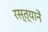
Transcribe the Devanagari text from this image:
रस्त्यानें